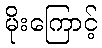
မိုးကြောင့်